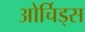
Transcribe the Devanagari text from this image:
ओर्चिड्स